Civil Veterinary Dept. Assam report 1911-1927 - 1911-1927
Year: 1911
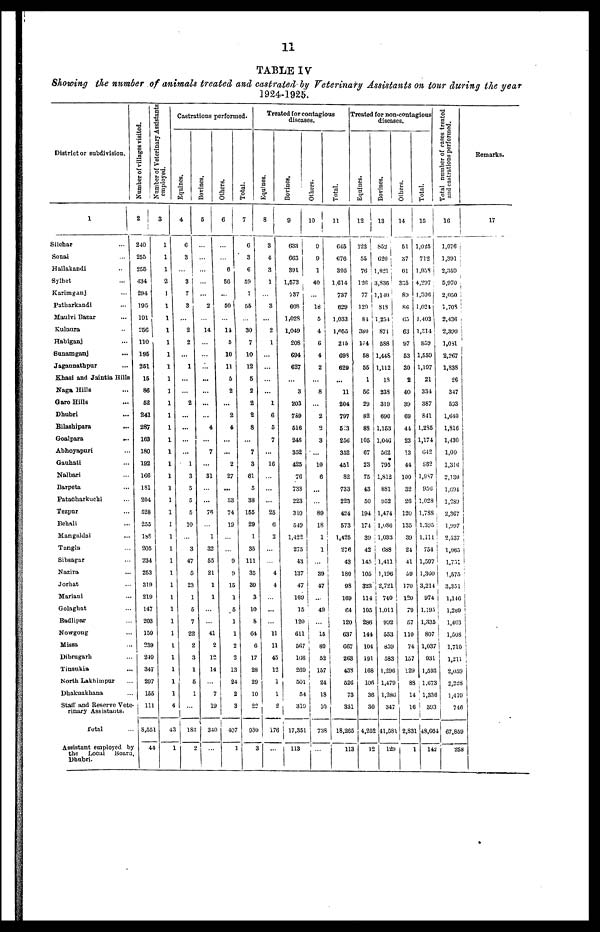
11
TABLE IV
Showing the number of animals treated and castrated by Veterinary Assistants on tour during the year
1924-1925.
District or subdivision.
1
Silchar ...
Sonai
...
Hailakandi ..
Sylhet ...
Karimganj ...
Patharkandi ...
Maulvi
Bazar
...
Kulaura
...
Habiganj
Sunamganj
Jagannathpur
Khasi and Jaintia Hills
Naga Hills
Garo Hills
Dhubri
Bilashipara
Goalpara
Abhoyapuri
Gauhati
Nalbari
Barpeta
Patacharkuchi
Tezpur
Behali
Mangaldai
Tangla
Sibsagar
Nazira
Jorhat
Mariani
Golaghat
Badlipar
Nowgong
Missa
Dibrugarh
Tinsukia
North Lakhimpur
Dhakuakhana
Staff and Reserve Vete-
rinary Assistants.
Total
Assistant employed by
the
Local
Board.
Dhubri.
Number of villages visited.
2
240
255
256
434
294
195
101
256
110
195
261
15
86
62
241
287
163
180
192
166
1S1
204
528
255
158
205
234
253
319
219
147
203
159
239
240
347
| 297
155
111
8,551
44
employed.
3
1
1
1
2
1
1
1
1
1
1
1
1
1
1
1
1
1
1
1
1
1
1
1
1
1
1
1
1
1
1
1
1
1
1
1
1
1
1
4
43
1
Castrations performed.
4
6
3
...
3
7
3
...
2
2
...
1
...
...
2
....
...
...
...
1
3
5
5
5
10
3
47
5
23
1
5
7
22
2
3
1
5
1
...
183
2
5
.........
...
...
...
... I
2
...
14
...
...
...
....
....
...
...
4
...
7
...
31
76
1
32
55
21
1
1
...
41
2
12
14
...
7
19
340
...
6
...
6
56
...
50
... 1
14
5
10
11
5
2
2
4
...
...
1
27
...
33
74
19
...
9
15
1
5
1
1
2
2
13
24
2
3
407
1
Total.
7
6 3
6
29
7
55
... ...
30
7
10
12
5
2
2
2
8
...
7
3
61
5
38
165
29
1
35
111
35
30
3
10
8
64
6
17
28
29
10
22
930
3
Treated for contagious
diseases.
8
3
4
3
1
...
3
...
2
1
...
...
....
...
1
6
5
7
...
10
...
...
...
25
6
2
...
...
4
4
...
...
...
11
11
45
12
1
1
2
176
Bovines.
9
633
663
391
1,573
737
608
1,028
1,049
208
694
627
....
3
203
789
516
246
352
425
70
733
223
310
549
1,422
275
43
137
47
169
15
120
611
507
166
269
50
5-
319
17,351
113
Others.
10
9
9
1
40
...
18
5
4
6
4
2
...
8
...
2
2
3
...
10
6
...
...
89
18
1
1
...
39
47
49
...
15
89
52
157
24
18
10
738
...
Total.
11
645
676
395
1,614
737
629
1,033
1,055
215
698
629
...
11
204
797
513
256
352
451
82
733
223
424
573
1,425
276
43
180
98
169
64
120
637
667
263
438
520
79
33
18,265
113
Treated for non-contagious
diseases.
Equines.
122
55
70
126
77
120
81
380
174
58
55
1
50
29
82
68
105
07
23
75
43
50
194
174
39
42
145
105
323
114
105
280
144
104
191
168
106
36
L
3
5 4,25
12
Bovines.
13
852
620
1,921
2,836
1,140
818
1,254
871
588
1,448
1,112
18
239
319
690
1,153
1,046
502
795
1,812
881
953
1,474
1,086
1,033
688
1,411
1,196
2,721
740
1,011
992
553
859
583
1,29
1,479
1,286
347
41,581
129
Others.
14
51
37
61
325
80
86
0.1
63
97
53
30
2
40
39
69
41
23
13
44
100
32
20
120
135
39
24
41
59
170
120
79
57
110
74
157
129
88
14
16
2,831
120
Total.
15
1,025
712
1,938
4,297
1,306
1,026
1,403
1,214
859
1,559
1,197
21
334
387
841
1,285
1,174
642
882
1,987
950
1,028
1,788
1,395
1.111
734
1,597
1,360
3,214
974
1,495
1,335
807
1.037
931
1,593
1,673
1,336
393
48,664
1
14
Total number
of cases treated
and castrations performed.
16
1,070
1,391
2,359
5,970
2,050
1,708
2,436
2,399
1,081
2,267
1,838
26
347
593
1,640
1,816
1,430
1,00
1,316
2,430
1,694
1,289
2,367
1,997
2,537
1,065
1,751
1,575
3,351
1,146
1,259
1,463
1,508
1,710
1,211
2,029
2,228
1,419
746
67,859
258
Remarks.
17